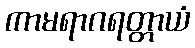
ကာမရာဂရတ္တာယံ